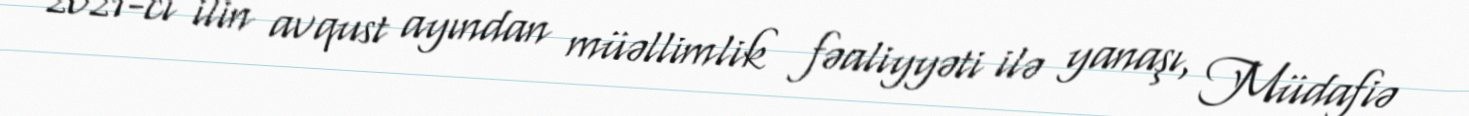
2021-ci ilin avqust ayından müəllimlik fəaliyyəti ilə yanaşı, Müdafiə